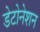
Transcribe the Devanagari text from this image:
डेटोनेशन